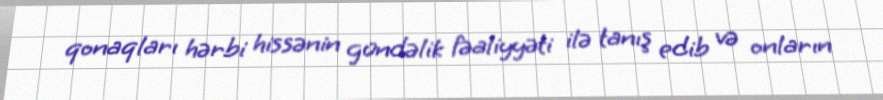
qonaqları hərbi hissənin gündəlik fəaliyyəti ilə tanış edib və onların